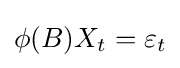
\phi (B)X_{t}=\varepsilon _{t}